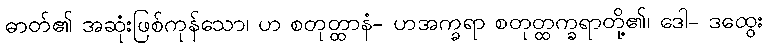
ဓာတ်၏ အဆုံးဖြစ်ကုန်သော၊ ဟ စတုတ္ထာနံ- ဟအက္ခရာ စတုတ္ထက္ခရာတို့၏၊ ဒေါ- ဒထွေး